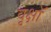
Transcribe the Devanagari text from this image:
वृक्षॉ